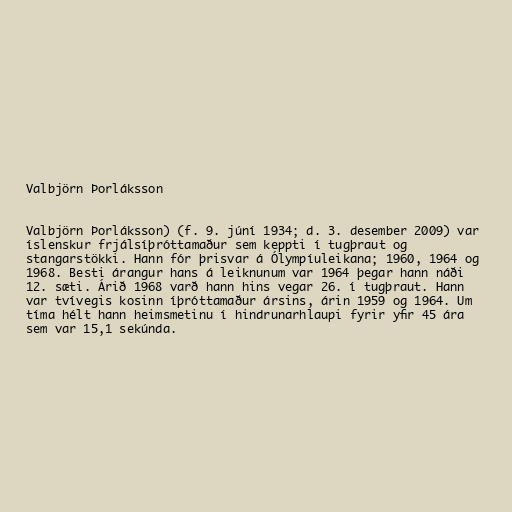
Valbjörn Þorláksson

Valbjörn Þorláksson) (f. 9. júní 1934; d. 3. desember 2009) var
íslenskur frjálsíþróttamaður sem keppti í tugþraut og
stangarstökki. Hann fór þrisvar á Ólympíuleikana; 1960, 1964 og
1968. Besti árangur hans á leiknunum var 1964 þegar hann náði
12. sæti. Árið 1968 varð hann hins vegar 26. í tugþraut. Hann
var tvívegis kosinn íþróttamaður ársins, árin 1959 og 1964. Um
tíma hélt hann heimsmetinu í hindrunarhlaupi fyrir yfir 45 ára
sem var 15,1 sekúnda.